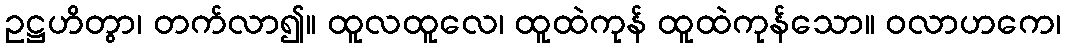
ဥဋ္ဌဟိတွာ၊ တက်လာ၍။ ထူလထူလေ၊ ထူထဲကုန် ထူထဲကုန်သော။ ဝလာဟကေ၊